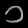
Digit: ၁